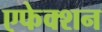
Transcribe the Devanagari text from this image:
एफेक्शन